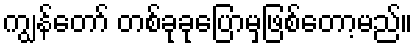
ကျွန်တော် တစ်ခုခုပြောမှဖြစ်တော့မည်။